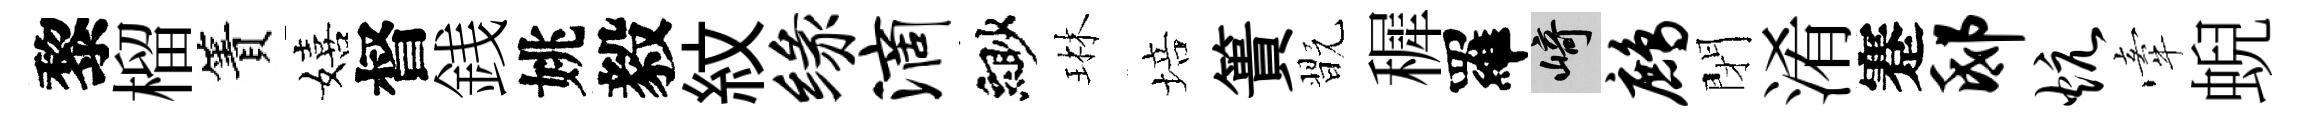
黎榴簀嬉督銭姚毅紋缘滴緲琳培簣翫穉羅崎鹧閉淆蹇邸炕牽蜺